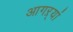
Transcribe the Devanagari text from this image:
आगऱ्यां